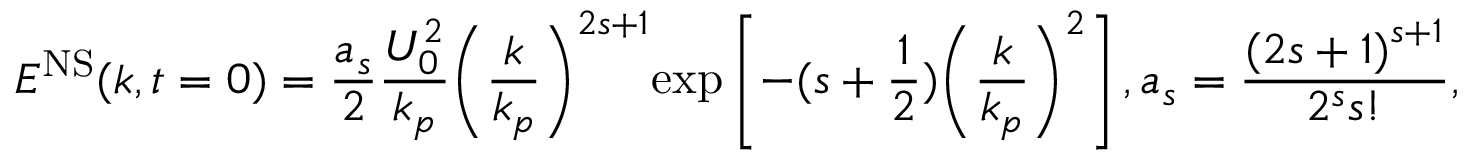
{ { E } ^ { \mathrm { N S } } } ( k , t = 0 ) = \frac { { { a } _ { s } } } { 2 } \frac { U _ { 0 } ^ { 2 } } { { { k } _ { p } } } { { \left( \frac { k } { { { k } _ { p } } } \right) } ^ { 2 s + 1 } } \mathrm { e x p } \left[ - ( s + \frac { 1 } { 2 } ) { { \left( \frac { k } { { { k } _ { p } } } \right) } ^ { 2 } } \right] , { { a } _ { s } } = \frac { { { ( 2 s + 1 ) } ^ { s + 1 } } } { { { 2 } ^ { s } } s ! } ,